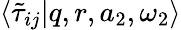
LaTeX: \langle\tilde{\tau}_{ij}|q,r,a_{2},\omega_{2}\rangle